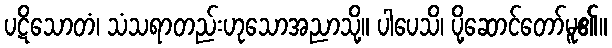
ပဋိသောတံ၊ သံသရာတည်းဟုသောအညာသို့။ ပါပေသိ၊ ပို့ဆောင်တော်မူ၏။